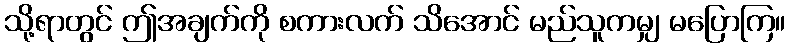
သို့ရာတွင် ဤအချက်ကို စကားလက် သိအောင် မည်သူကမျှ မပြောကြ။